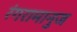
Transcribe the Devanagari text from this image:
रंगरामानुज